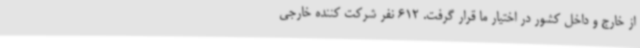
از خارج و داخل کشور در اختیار ما قرار گرفت. 612 نفر شرکت کننده خارجی